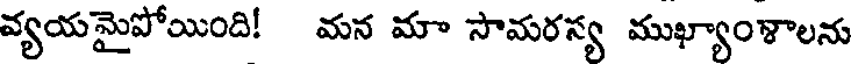
వ్యయమైపోయింది! మన మా సామరస్య ముఖ్యాంళాలను